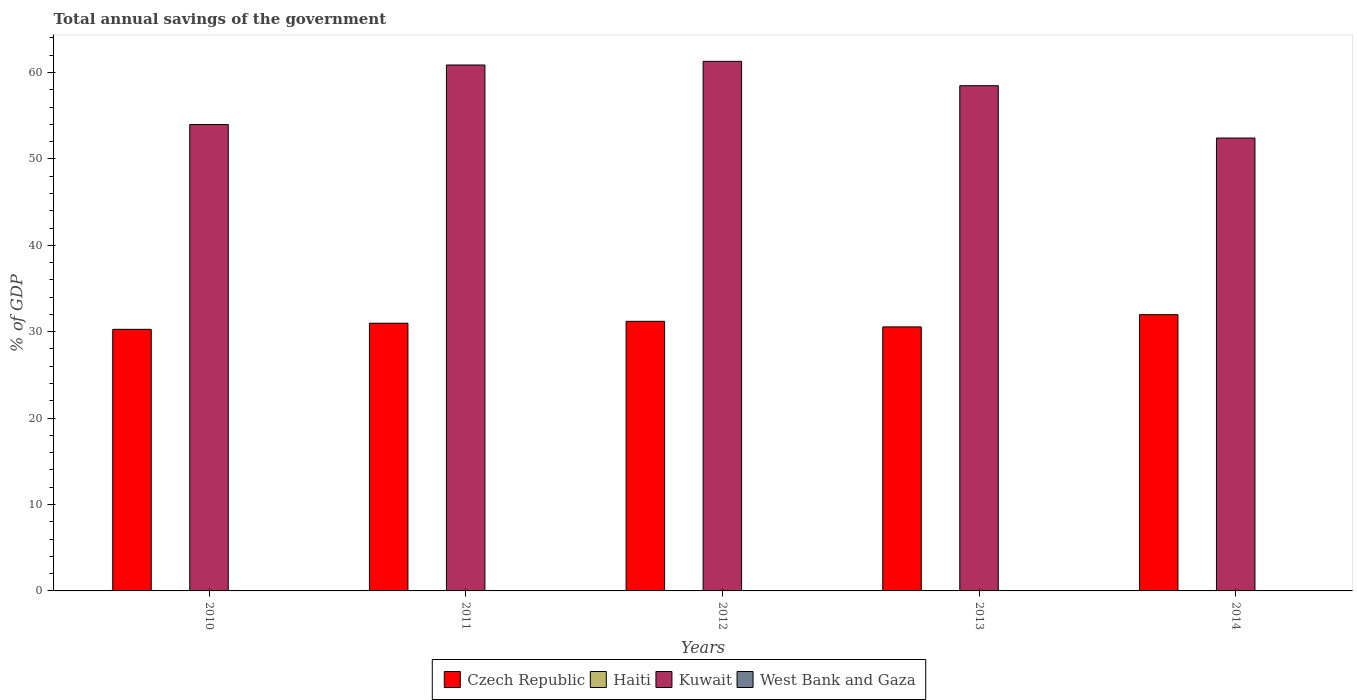
| Years | Czech Republic | Haiti | Kuwait | West Bank and Gaza |
 | --- | --- | --- | --- | --- |
 | 2010 | 30.3 | -24 | 54 | -22.2 |
 | 2011 | 31 | -13.7 | 60.9 | -19.7 |
 | 2012 | 31.2 | -6.71 | 61.3 | -18.2 |
 | 2013 | 30.6 | -4.6 | 58.5 | -16.2 |
 | 2014 | 32 | -3.29 | 52.4 | -24.3 |